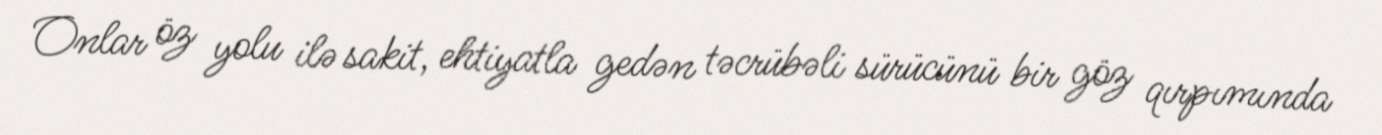
Onlar öz yolu ilə sakit, ehtiyatla gedən təcrübəli sürücünü bir göz qırpımında